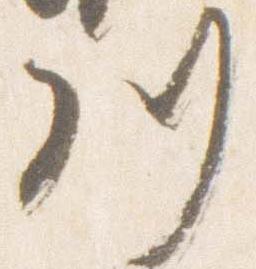
川